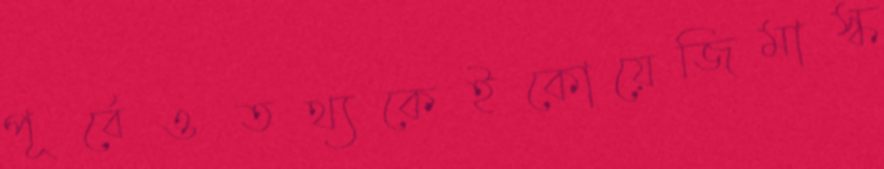
পূর্বেওতথ্যকেইকোয়েজিমাস্ক